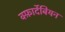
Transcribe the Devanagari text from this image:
क्फ़ार्देबियन